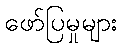
ဖော်ပြမှုများ